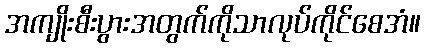
အကျိုးစီးပွားအတွက်ကိုသာလုပ်ကိုင်စေအံ။